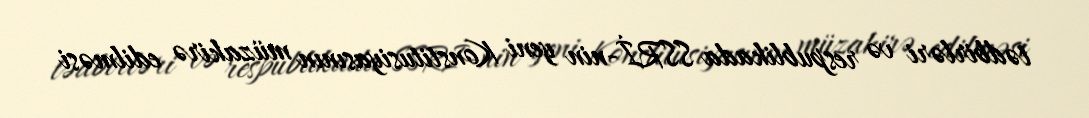
tədbirləri və respublikada SSRİ-nin yeni Konstitusiyasının müzakirə edilməsi